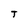
Character: T